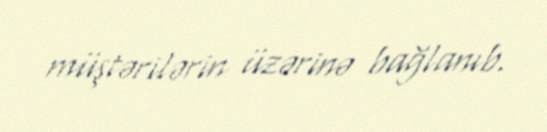
müştərilərin üzərinə bağlanıb.